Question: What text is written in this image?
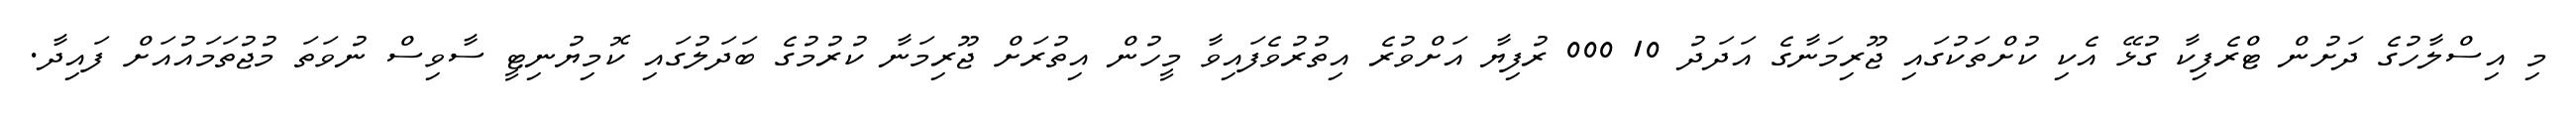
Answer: މި އިސްލާހުގެ ދަށުން ޓްރެފިކާ ގުޅޭ އެކި ކުށްތަކުގައި ޖޫރިމަނާގެ އަދަދު 10 000 ރުފިޔާ އަށްވުރެ އިތުރުވެފައިވާ މީހުން އިތުރަށް ޖޫރިމަނާ ކުރުމުގެ ބަދަލުގައި ކޮމިޔުނިޓީ ސާވިސް ނުވަތަ މުޖުތަމައުއަށް ފައިދާ.